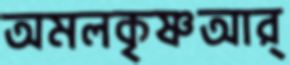
অমলকৃষ্ণআর্